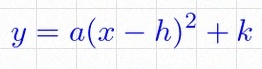
y=a(x-h)^2+k